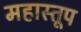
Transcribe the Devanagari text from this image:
महास्तूप